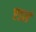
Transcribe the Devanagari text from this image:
एडर्ल